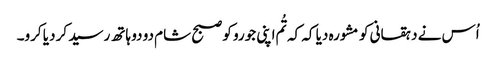
اُس نے دہقانی کو مشورہ دیا کہ کہ تُم اپنی جورو کو صبح شام دو دو ہاتھ رسید کر دیا کرو۔